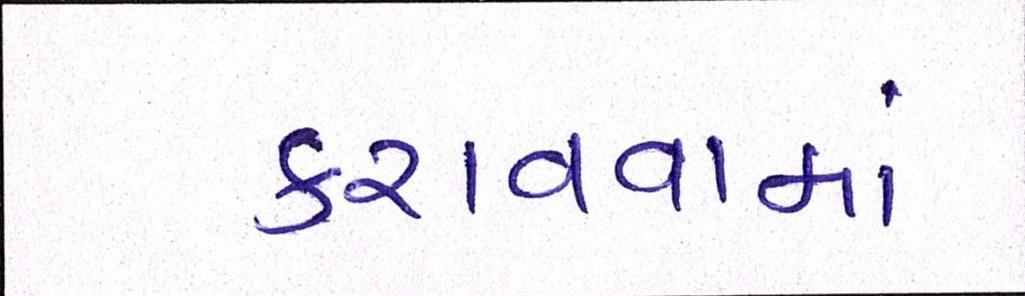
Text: કરાવવામાં